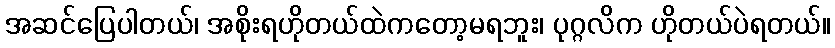
အဆင်ပြေပါတယ်၊ အစိုးရဟိုတယ်ထဲကတော့မရဘူး၊ ပုဂ္ဂလိက ဟိုတယ်ပဲရတယ်။